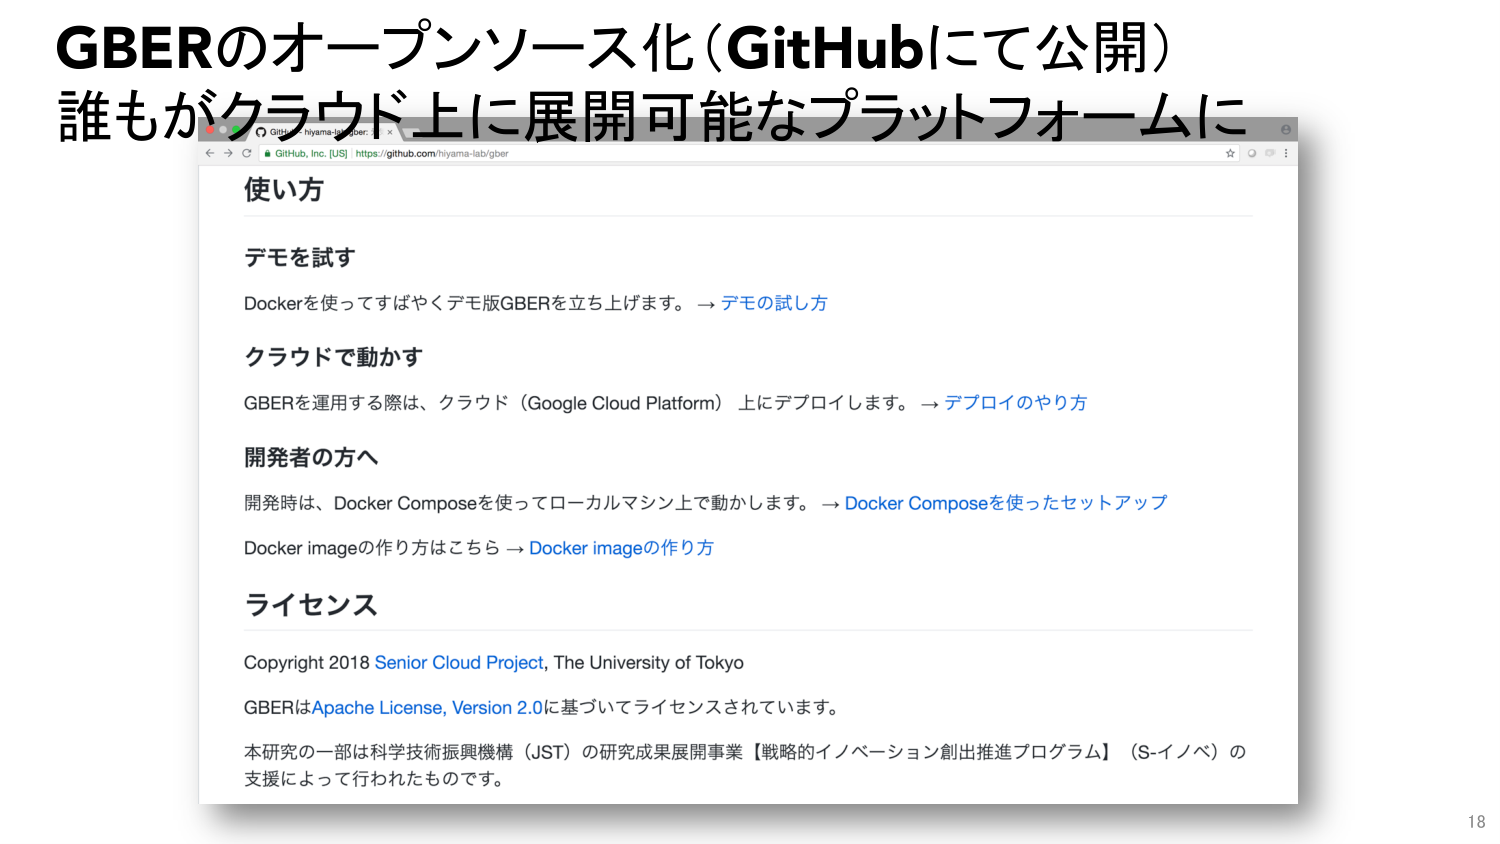
GBERのオープンソース化（GitHubにて公開）
誰もがクラウド上に展開可能なプラットフォームに

使い方

デモを試す
Dockerを使ってすばやくデモ版GBERを立ち上げます。 → デモの試し方

クラウドで動かす
GBERを運用する際は、クラウド（Google Cloud Platform）上にデプロイします。 → デプロイのやり方

開発者の方へ
開発時は、Docker Composeを使ってローカルマシン上で動かします。 → Docker Composeを使ったセットアップ
Docker imageの作り方はこちら → Docker imageの作り方

ライセンス
Copyright 2018 Senior Cloud Project, The University of Tokyo
GBERはApache License, Version 2.0に基づいてライセンスされています。
本研究の一部は科学技術振興機構（JST）の研究成果展開事業【戦略的イノベーション創出推進プログラム】（S-イノベ）の支援によって行われたものです。

18